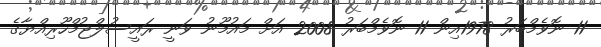
11 ނޮވެމްބަރު 1978އިން 11 ނޮވެމްބަރު 2008 އަށް މައުމޫނު ވަނީ ރައީސުލްޖުމްހޫރިއްޔާގެ